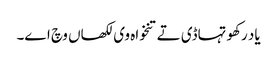
یاد رکھو تہاڈی تے تنخواہ وی لکھاں وچ اے۔